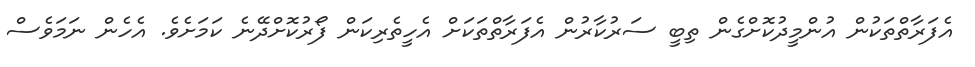
އެފަރާތްތަކުން އުންމީދުކޮށްގެން ތިބީ ސަރުކާރުން އެފަރާތްތަކަށް އެހީތެރިކަން ފޯރުކޮށްދޭނެ ކަމަށެވެ. އެހެން ނަމަވެސް